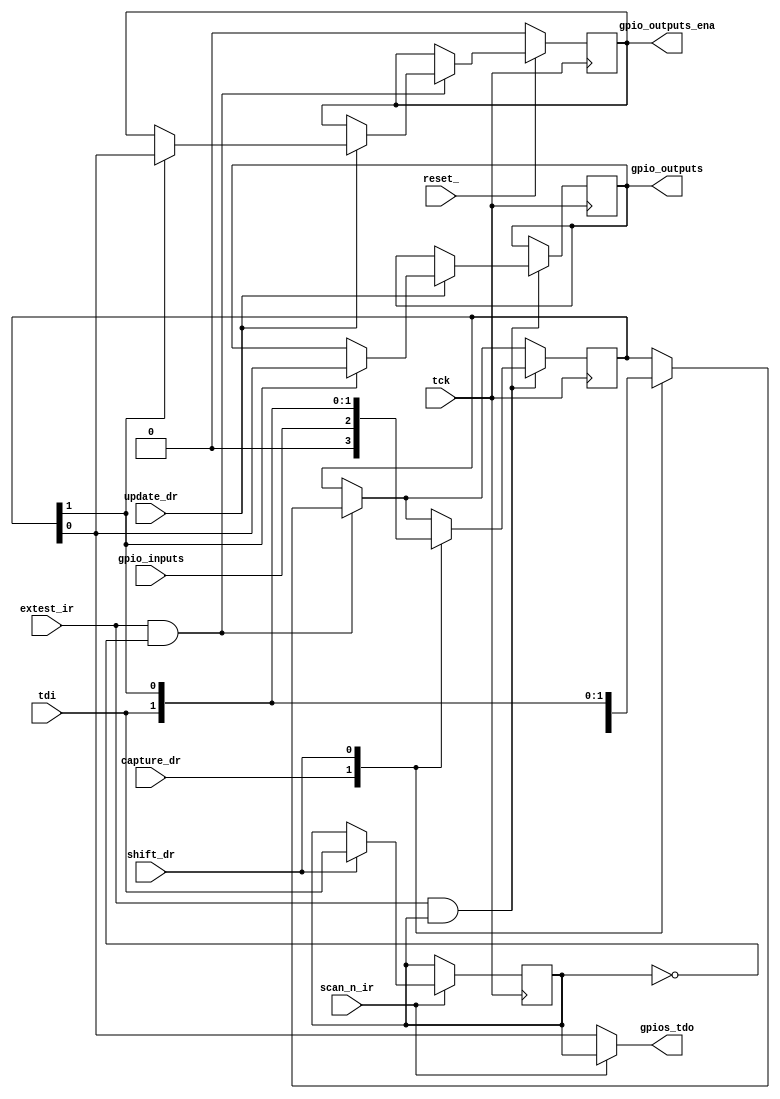

`default_nettype none

module jtag_gpios
    #(
        parameter NR_GPIOS = 1
    )
    (
        // Non-jtag reset
        input               reset_,

        // In the case come either straight from the IO pins or from the
        // virtual jtag TAP.
        input   wire        tck,
        input   wire        tdi,

        // Output of the GPIO status registers.
        // The real or the virtual JTAG TAP will select this when the GPIO
        // scan chain is selected by the TAP.
        output              gpios_tdo,

        // TAP states
        input               capture_dr,
        input               shift_dr,
        input               update_dr,

        // Current active instruction
        input               scan_n_ir,
        input               extest_ir,

        input      [NR_GPIOS-1:0]   gpio_inputs,
        output reg [NR_GPIOS-1:0]   gpio_outputs,
        output reg [NR_GPIOS-1:0]   gpio_outputs_ena       
    );

    // There is only 1 shift register because we use capture_dr for both
    // IRs. So since the shift register updated before the scan operation
    // anyway, the previous value of the shift register doesn't matter.
    //
    // The MSB of gpio_dr is used only during the update_dr phase and determines
    // whether or not the data that has been scanned in is actually used
    // to update the target register.
    // By setting it to 0, read-only operations are possible.
    reg [NR_GPIOS:0]  gpio_dr;

    // Currently selected register: 0 -> config, 1 -> data
    reg scan_n;

    always @(posedge tck) 
    begin
        if (scan_n_ir) begin
            if (shift_dr) begin
                scan_n  <= tdi;
            end
        end

        // CONFIG
        if (extest_ir && !scan_n) begin
            case(1'b1) // synthesis parallel_case
                capture_dr: begin
                    gpio_dr         <= gpio_outputs_ena;
                end
                shift_dr: begin
                    gpio_dr         <= { tdi, gpio_dr[NR_GPIOS:1] };
                end
                update_dr: begin
                    if (gpio_dr[NR_GPIOS]) begin
                        gpio_outputs_ena    <= gpio_dr[NR_GPIOS-1:0];
                    end
                end
            endcase
        end

        // DATA
        if (extest_ir && scan_n) begin
            case(1'b1) // synthesis parallel_case
                capture_dr: begin
                    gpio_dr         <= gpio_inputs;
                end
                shift_dr: begin
                    gpio_dr         <= { tdi, gpio_dr[NR_GPIOS:1] };
                end
                update_dr: begin
                    if (gpio_dr[NR_GPIOS]) begin
                        gpio_outputs    <= gpio_dr[NR_GPIOS-1:0];
                    end
                end
            endcase
        end


        if (!reset_) begin
            gpio_outputs_ena <= {NR_GPIOS{1'b0}};
        end
    end

    assign gpios_tdo = scan_n_ir ? scan_n
                                 : gpio_dr[0];

endmodule